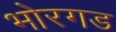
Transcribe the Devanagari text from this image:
भोरगड